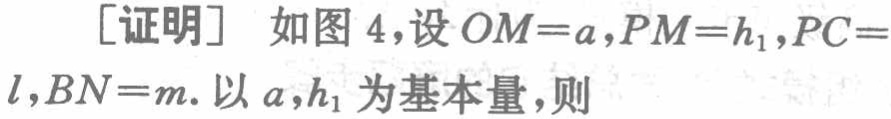
[证明] 如图 4，设 \(OM = a,PM = h_{1},PC = l,BN = m\). 以 \(a,h_{1}\) 为基本量，则